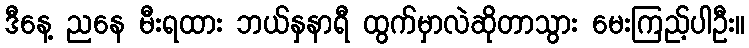
ဒီနေ့ ညနေ မီးရထား ဘယ်နှနာရီ ထွက်မှာလဲဆိုတာသွား မေးကြည့်ပါဦး။